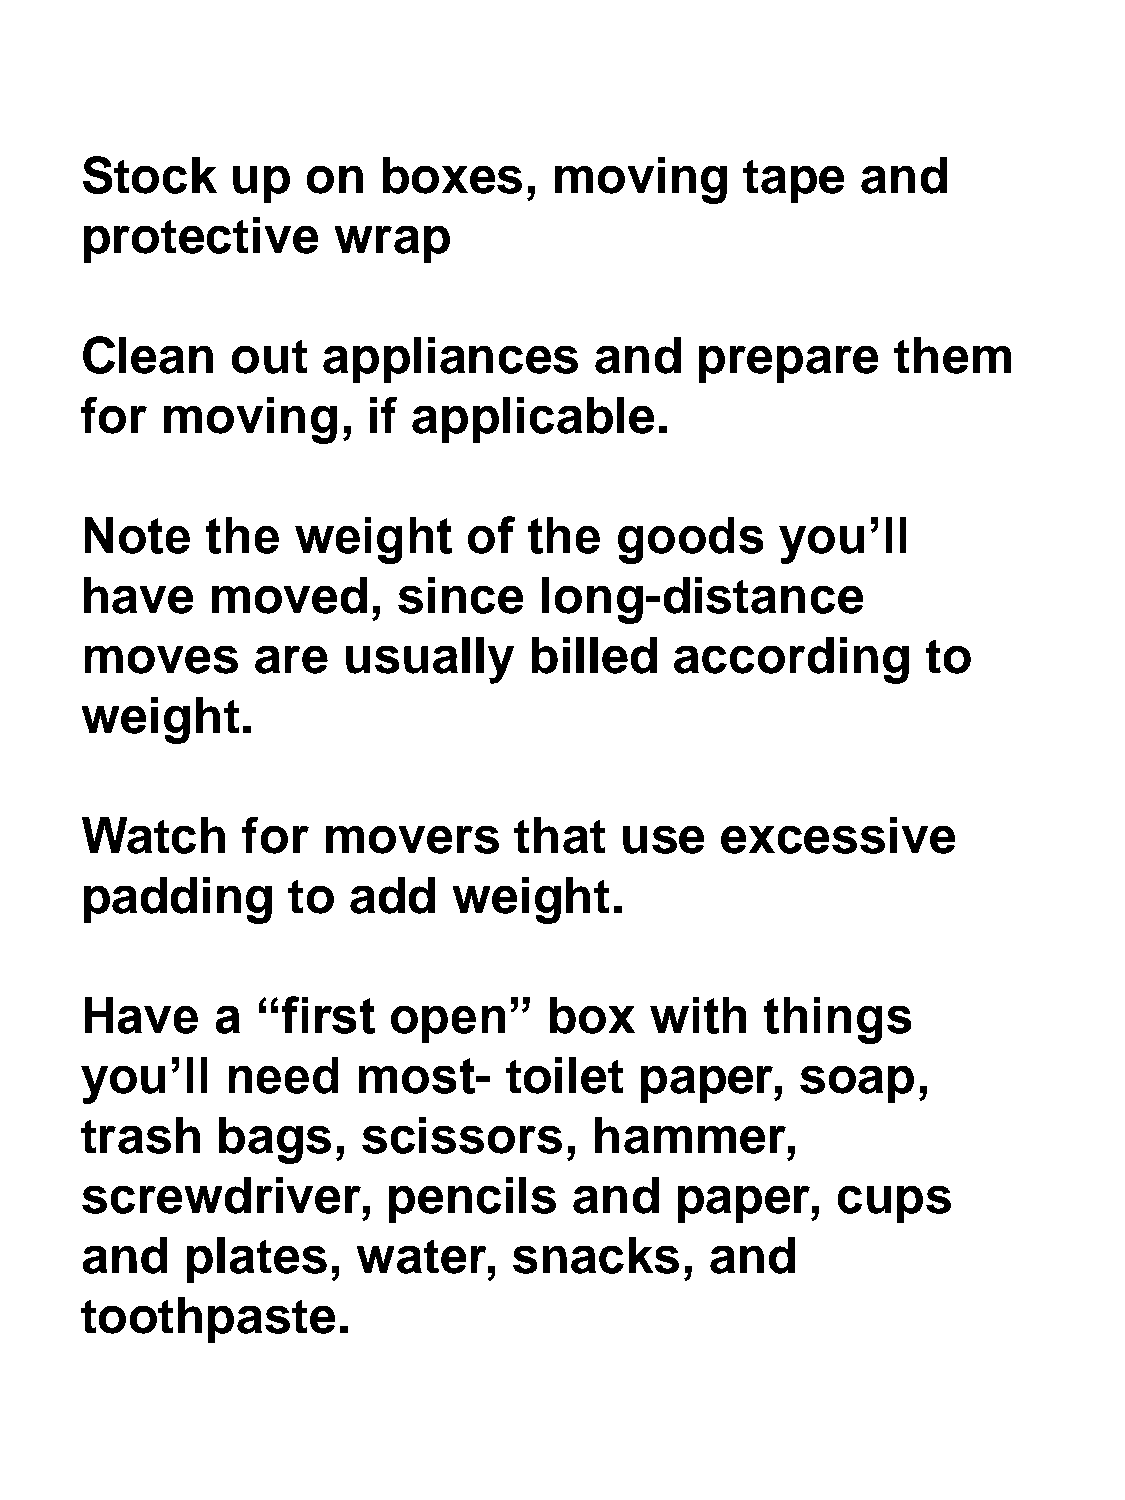
Stock     up   on   boxes,      moving      tape    and
 protective       wrap
 Clean     out   appliances        and    prepare      them
 for   moving,      if applicable.
 Note     the   weight     of  the   goods      you’ll
 have     moved,      since     long-distance
 moves       are   usually     billed    according       to
 weight.
 Watch      for  movers       that   use    excessive
 padding       to  add    weight.
 Have     a  “first   open”     box    with    things
 you’ll    need     most-    toilet   paper,     soap,
 trash    bags,     scissors,      hammer,
 screwdriver,         pencils     and    paper,    cups
 and    plates,     water,    snacks,      and
 toothpaste.